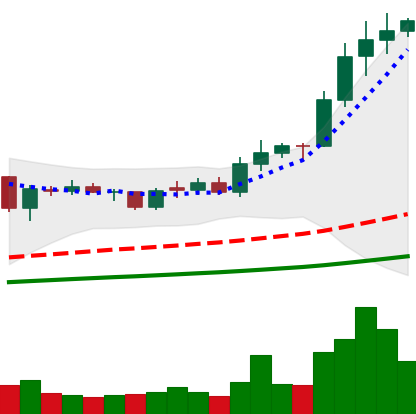
Ticker: ADA-USD
Chart end date: 2021-02-09
Forward return: 20.597%
Label: up_7plus